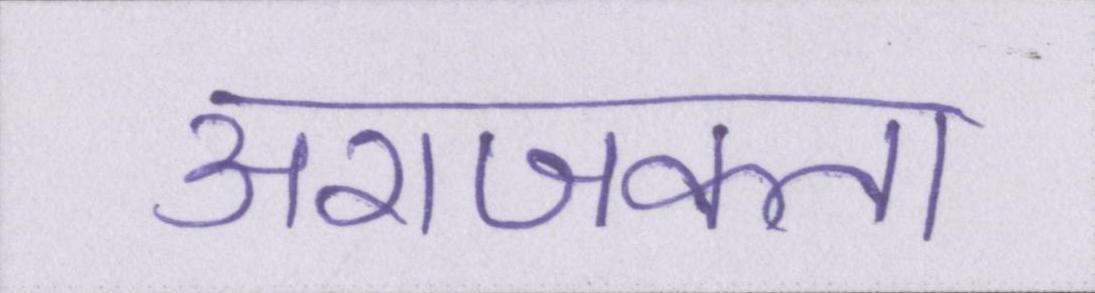
अराजकता